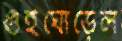
গুঁইঘোড়েল